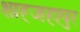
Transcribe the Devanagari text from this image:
शाह्जहापुर